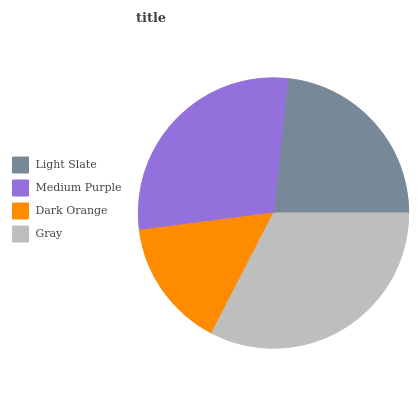
| Light Slate | Medium Purple | Dark Orange | Gray |
 | --- | --- | --- | --- |
 | 23.4% | 28.6% | 15.4% | 32.6% |